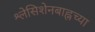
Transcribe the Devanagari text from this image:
श्लेसिशेनबाह्नच्या